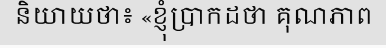
និយាយថា៖ «ខ្ញុំប្រាកដថា គុណភាព